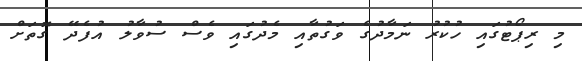
މި ރިޕޯޓުގައި ހުކުރު ނަމާދުގެ ވަގުތާއި މެދުގައި ވެސް ސުވާލު އުފެދޭ ގޮތަށް